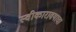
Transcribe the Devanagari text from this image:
स्वीकारावयाचा